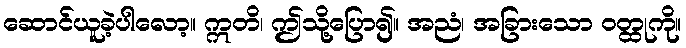
ဆောင်ယူခဲ့ပါလော့။ ဣတိ၊ ဤသို့ပြော၍။ အညံ၊ အခြားသော ဝတ္ထုကို။